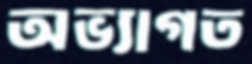
অভ্যাগত